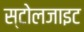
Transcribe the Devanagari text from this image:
स्टोलजाइट